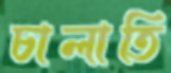
চালাতি